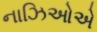
નાઝિઓએ